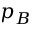
p _ { B }